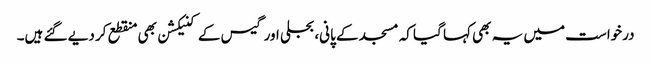
درخواست میں یہ بھی کہا گیا کہ مسجد کے پانی، بجلی اور گیس کے کنیکشن بھی منقطع کر دیے گئے ہیں۔